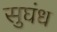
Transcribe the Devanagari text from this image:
सुघंध